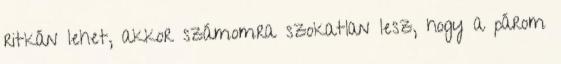
ritkán lehet, akkor számomra szokatlan lesz, hogy a párom